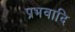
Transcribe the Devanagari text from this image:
प्रभवादि